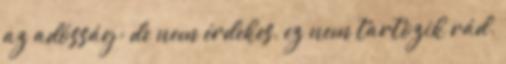
az adósság; de nem érdekes, ez nem tartozik rád.